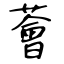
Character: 薈